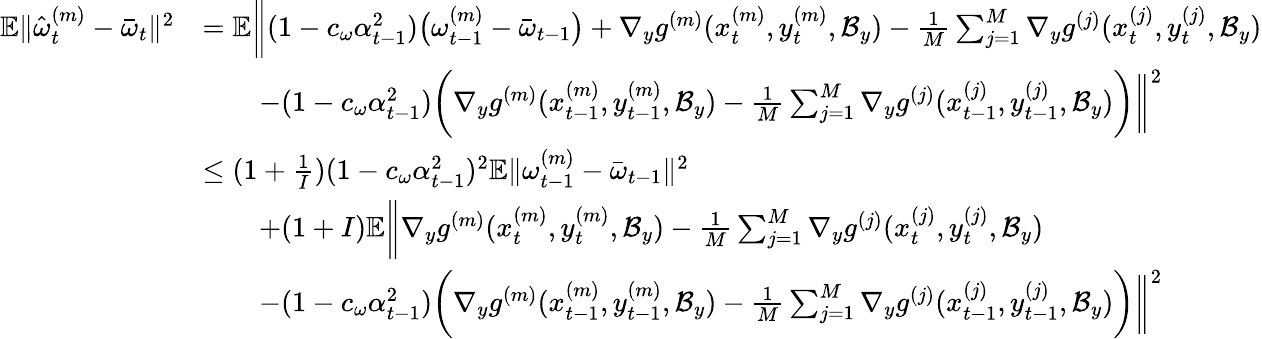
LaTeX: \begin{array}{rl}{\mathbb{E}\| \hat{\omega}_{t}^{(m)}-\bar{\omega}_{t}\| ^{2}}&{=\mathbb{E}\bigg\| (1-c_{\omega}\alpha_{t-1}^{2})\big(\omega_{t-1}^{(m)}-\bar{\omega}_{t-1}\big)+\nabla_{y}g^{(m)}(x_{t}^{(m)},y_{t}^{(m)},\mathcal{B}_{y})-\frac{1}{M}\sum_{j=1}^{M}\nabla_{y}g^{(j)}(x_{t}^{(j)},y_{t}^{(j)},\mathcal{B}_{y})}\\ &{\qquad-(1-c_{\omega}\alpha_{t-1}^{2})\bigg(\nabla_{y}g^{(m)}(x_{t-1}^{(m)},y_{t-1}^{(m)},\mathcal{B}_{y})-\frac{1}{M}\sum_{j=1}^{M}\nabla_{y}g^{(j)}(x_{t-1}^{(j)},y_{t-1}^{(j)},\mathcal{B}_{y})\bigg)\bigg\| ^{2}}\\ &{\leq(1+\frac{1}{I})(1-c_{\omega}\alpha_{t-1}^{2})^{2}\mathbb{E}\| \omega_{t-1}^{(m)}-\bar{\omega}_{t-1}\| ^{2}}\\ &{\qquad+(1+I)\mathbb{E}\bigg\| \nabla_{y}g^{(m)}(x_{t}^{(m)},y_{t}^{(m)},\mathcal{B}_{y})-\frac{1}{M}\sum_{j=1}^{M}\nabla_{y}g^{(j)}(x_{t}^{(j)},y_{t}^{(j)},\mathcal{B}_{y})}\\ &{\qquad-(1-c_{\omega}\alpha_{t-1}^{2})\bigg(\nabla_{y}g^{(m)}(x_{t-1}^{(m)},y_{t-1}^{(m)},\mathcal{B}_{y})-\frac{1}{M}\sum_{j=1}^{M}\nabla_{y}g^{(j)}(x_{t-1}^{(j)},y_{t-1}^{(j)},\mathcal{B}_{y})\bigg)\bigg\| ^{2}}\end{array}